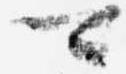
可